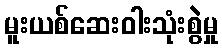
မူးယစ်ဆေးဝါးသုံးစွဲမှု